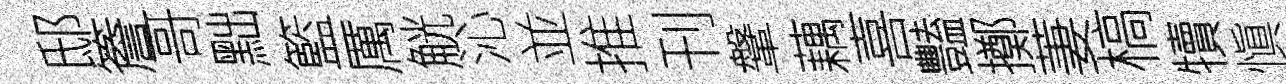
邸簷哥黜籃厲觥沁並推刊鞶藕喜豔擲萋槁犢愼